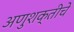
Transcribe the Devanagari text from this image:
अणुशक्तीचे